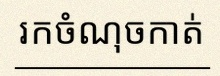
រកចំណុចកាត់